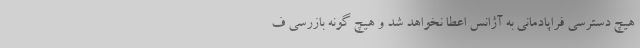
هیچ دسترسی فراپادمانی به آژانس اعطا نخواهد شد و هیچ گونه بازرسی ف